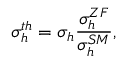
\sigma _ { h } ^ { t h } = \sigma _ { h } \frac { \sigma _ { h } ^ { Z F } } { \sigma _ { h } ^ { S M } } ,